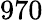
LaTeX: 970